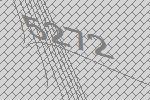
5272